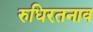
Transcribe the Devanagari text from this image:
रुधिरतनाव